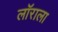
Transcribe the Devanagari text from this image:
लॉराला